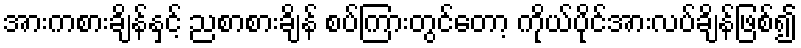
အားကစားချိန်နှင့် ညစာစားချိန် စပ်ကြားတွင်တော့ ကိုယ်ပိုင်အားလပ်ချိန်ဖြစ်၍